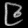
Digit: ၉